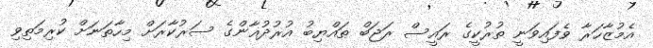
އެމުޒާހަރާ ވެފައިވަނީ ތުރުކީގެ ރައީސް ރަޖަބް ޠައްޔިބު އުރުދުޣާންގެ ސަރުކާރަށް މިހާތަނަށް ކުރިމަތިވި